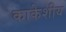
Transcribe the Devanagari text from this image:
काकेशीय